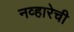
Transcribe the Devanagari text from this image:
नव्हारेची